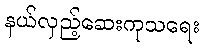
နယ်လှည့်ဆေးကုသရေး